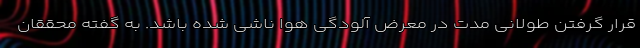
قرار گرفتن طولانی مدت در معرض آلودگی هوا ناشی شده باشد. به گفته محققان